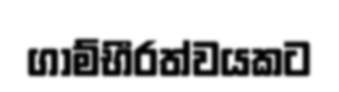
ගාම්භීරත්වයකට